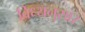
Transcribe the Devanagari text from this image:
विध्यनुसार